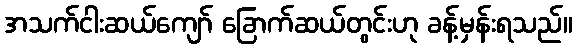
အသက်ငါးဆယ်ကျော် ခြောက်ဆယ်တွင်းဟု ခန့်မှန်းရသည်။